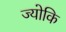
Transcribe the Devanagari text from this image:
ज्योकि